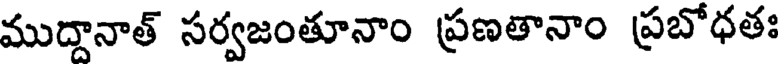
ముద్దానాత్ సర్వజంతూనాం ప్రణతానాం ప్రబోధతః